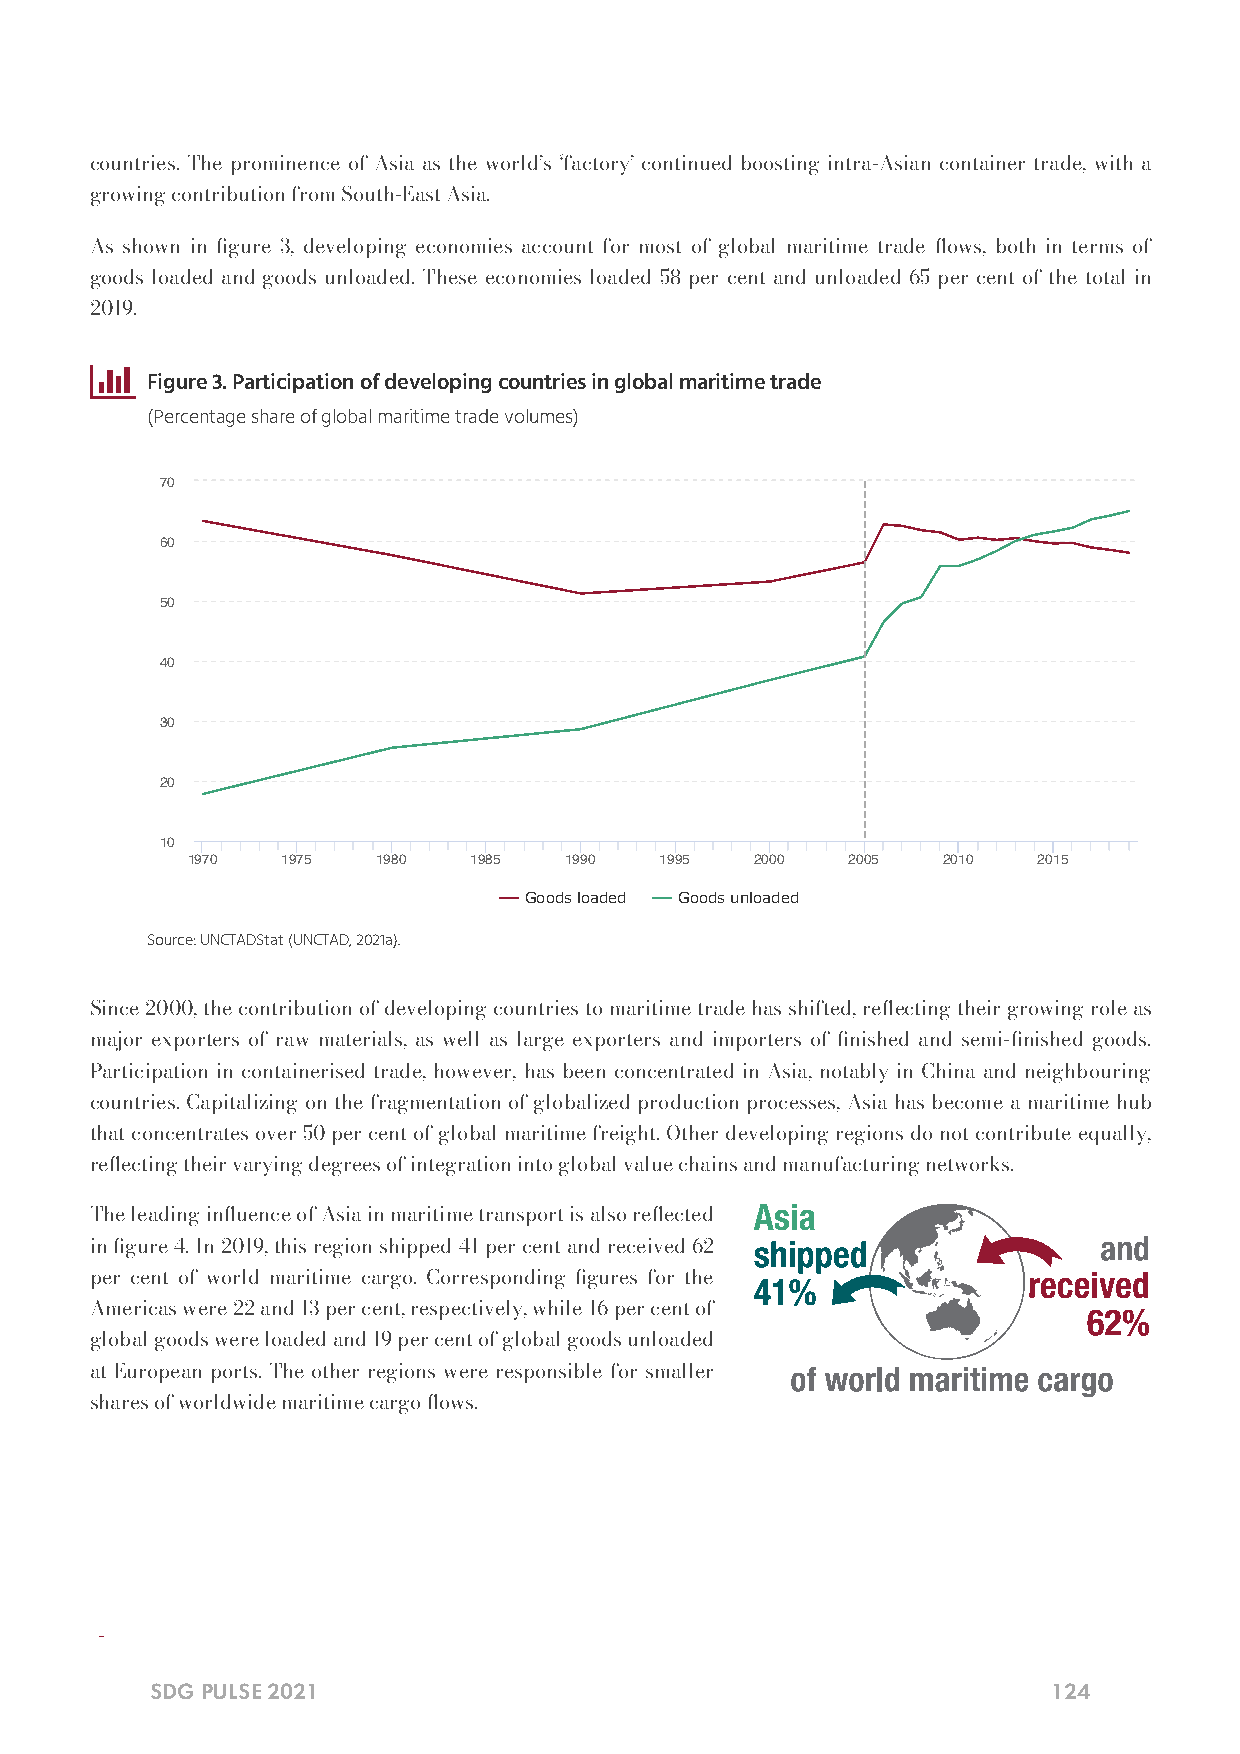
countries. The prominence of Asia as the world’s ‘factory’ continued boosting intra-Asian container trade, with a
 growing contribution from South-East Asia.
 As shown in gure 3, developing economies account for most of global maritime trade ows, both in terms of
 goods loaded and goods unloaded. These economies loaded 58 per cent and unloaded 65 per cent of the total in
 2019.
 
 Figure 3. Participation of developing countries in global maritime trade
 (Percentage share of global maritime trade volumes)
 70
 60
 50
 40
 30
 20
 10
 1970   1975  1980  1985  1990   1995  2000  2005  2010   2015
 Goods loaded Goods unloaded
 Source: UNCTADStat (UNCTAD, 2021a).
 Since 2000, the contribution of developing countries to maritime trade has shifted, reecting their growing role as
 major exporters of raw materials, as well as large exporters and importers of nished and semi-nished goods.
 Participation in containerised trade, however, has been concentrated in Asia, notably in China and neighbouring
 countries. Capitalizing on the fragmentation of globalized production processes, Asia has become a maritime hub
 that concentrates over 50 per cent of global maritime freight. Other developing regions do not contribute equally,
 reecting their varying degrees of integration into global value chains and manufacturing networks.
 The leading inuence of Asia in maritime transport is also reected
 in gure 4. In 2019, this region shipped 41 per cent and received 62
 per cent of world maritime cargo. Corresponding gures for the
 Americas were 22 and 13 per cent, respectively, while 16 per cent of
 global goods were loaded and 19 per cent of global goods unloaded
 at European ports. The other regions were responsible for smaller
 shares of worldwide maritime cargo ows.
 
 SDG PULSE 2021                                              124